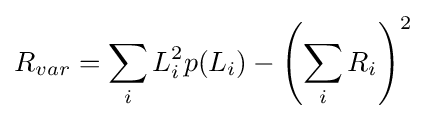
R_{var}=\sum _{i}L_{i}^{2}p(L_{i})-\left(\sum _{i}R_{i}\right)^{2}